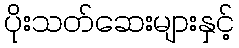
ပိုးသတ်ဆေးများနှင့်